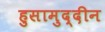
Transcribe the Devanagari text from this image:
हुसामुद्दीन